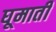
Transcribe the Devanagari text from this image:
घूमाती